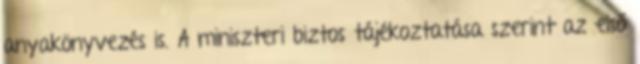
anyakönyvezés is. A miniszteri biztos tájékoztatása szerint az első